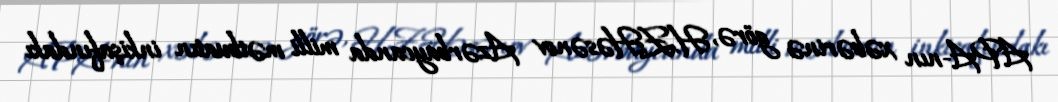
APA-nın xəbərinə görə, H.Z.Həsənov Azərbaycanda milli mətbuatın inkişafındakı